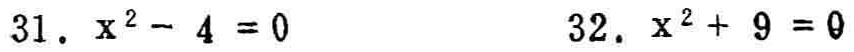
31. \(x^{2}-4 = 0\)
32. \(x^{2}+9 = 0\)